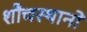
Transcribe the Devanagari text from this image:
शौचस्थानों